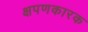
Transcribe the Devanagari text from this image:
क्षपणकारक